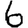
Digit: 6